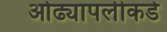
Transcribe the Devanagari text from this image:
ओढ्यापलीकडे